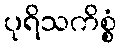
ပုရိသကိစ္စံ